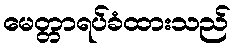
မေတ္တာရပ်ခံထားသည်